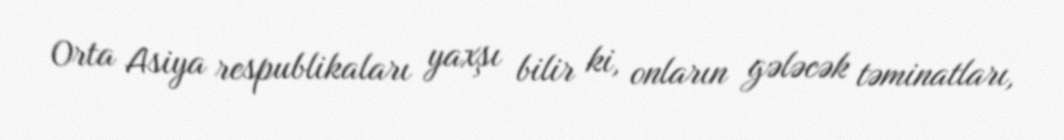
Orta Asiya respublikaları yaxşı bilir ki, onların gələcək təminatları,